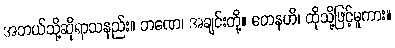
အဘယ်သို့ဆိုရာသနည်း။ ဘဏေ၊ အချင်းတို့။ တေနဟိ၊ ထိုသို့ဖြင့်မူကား။